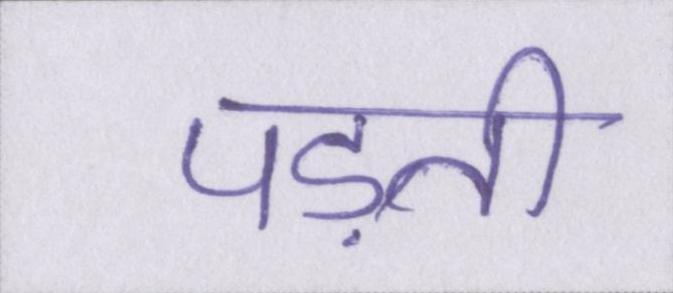
पड़ती